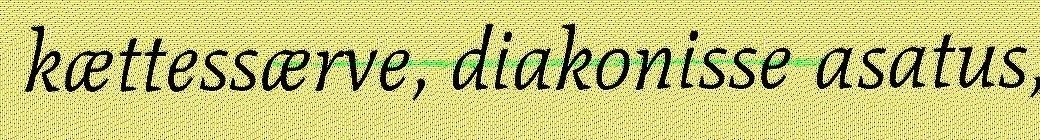
kættessærve, diakonisse asatus,